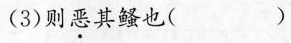
(3)则恶其鳋也()